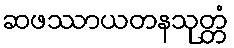
ဆဖဿာယတနသုတ္တံ